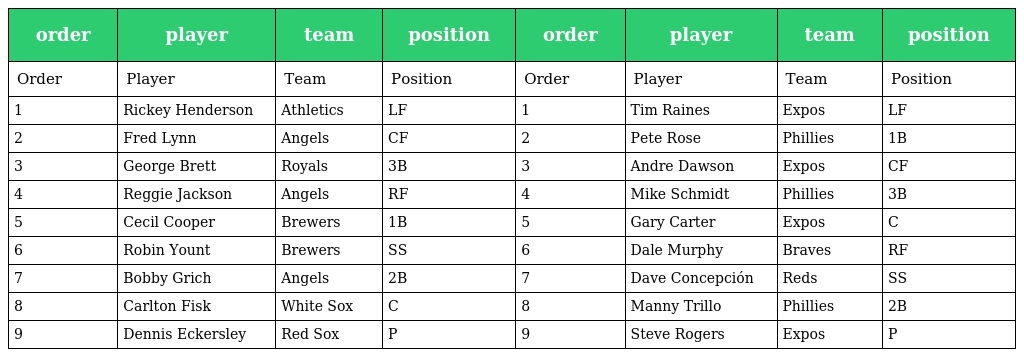
| order | player | team | position | order | player | team | position |
 | --- | --- | --- | --- | --- | --- | --- | --- |
 | Order | Player | Team | Position | Order | Player | Team | Position |
 | 1 | Rickey Henderson | Athletics | LF | 1 | Tim Raines | Expos | LF |
 | 2 | Fred Lynn | Angels | CF | 2 | Pete Rose | Phillies | 1B |
 | 3 | George Brett | Royals | 3B | 3 | Andre Dawson | Expos | CF |
 | 4 | Reggie Jackson | Angels | RF | 4 | Mike Schmidt | Phillies | 3B |
 | 5 | Cecil Cooper | Brewers | 1B | 5 | Gary Carter | Expos | C |
 | 6 | Robin Yount | Brewers | SS | 6 | Dale Murphy | Braves | RF |
 | 7 | Bobby Grich | Angels | 2B | 7 | Dave Concepción | Reds | SS |
 | 8 | Carlton Fisk | White Sox | C | 8 | Manny Trillo | Phillies | 2B |
 | 9 | Dennis Eckersley | Red Sox | P | 9 | Steve Rogers | Expos | P |